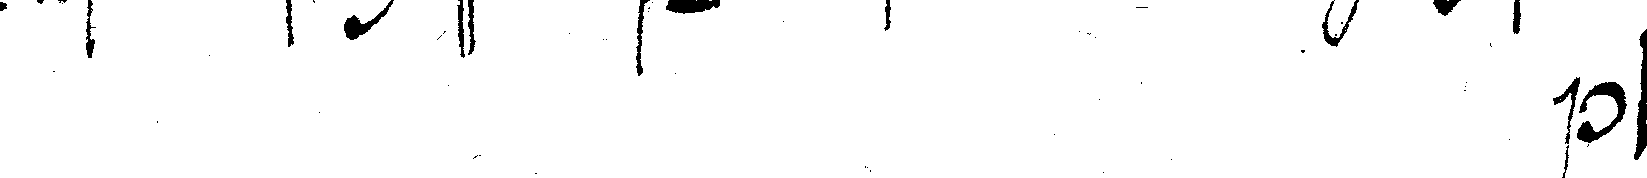
# f